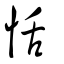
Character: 恬